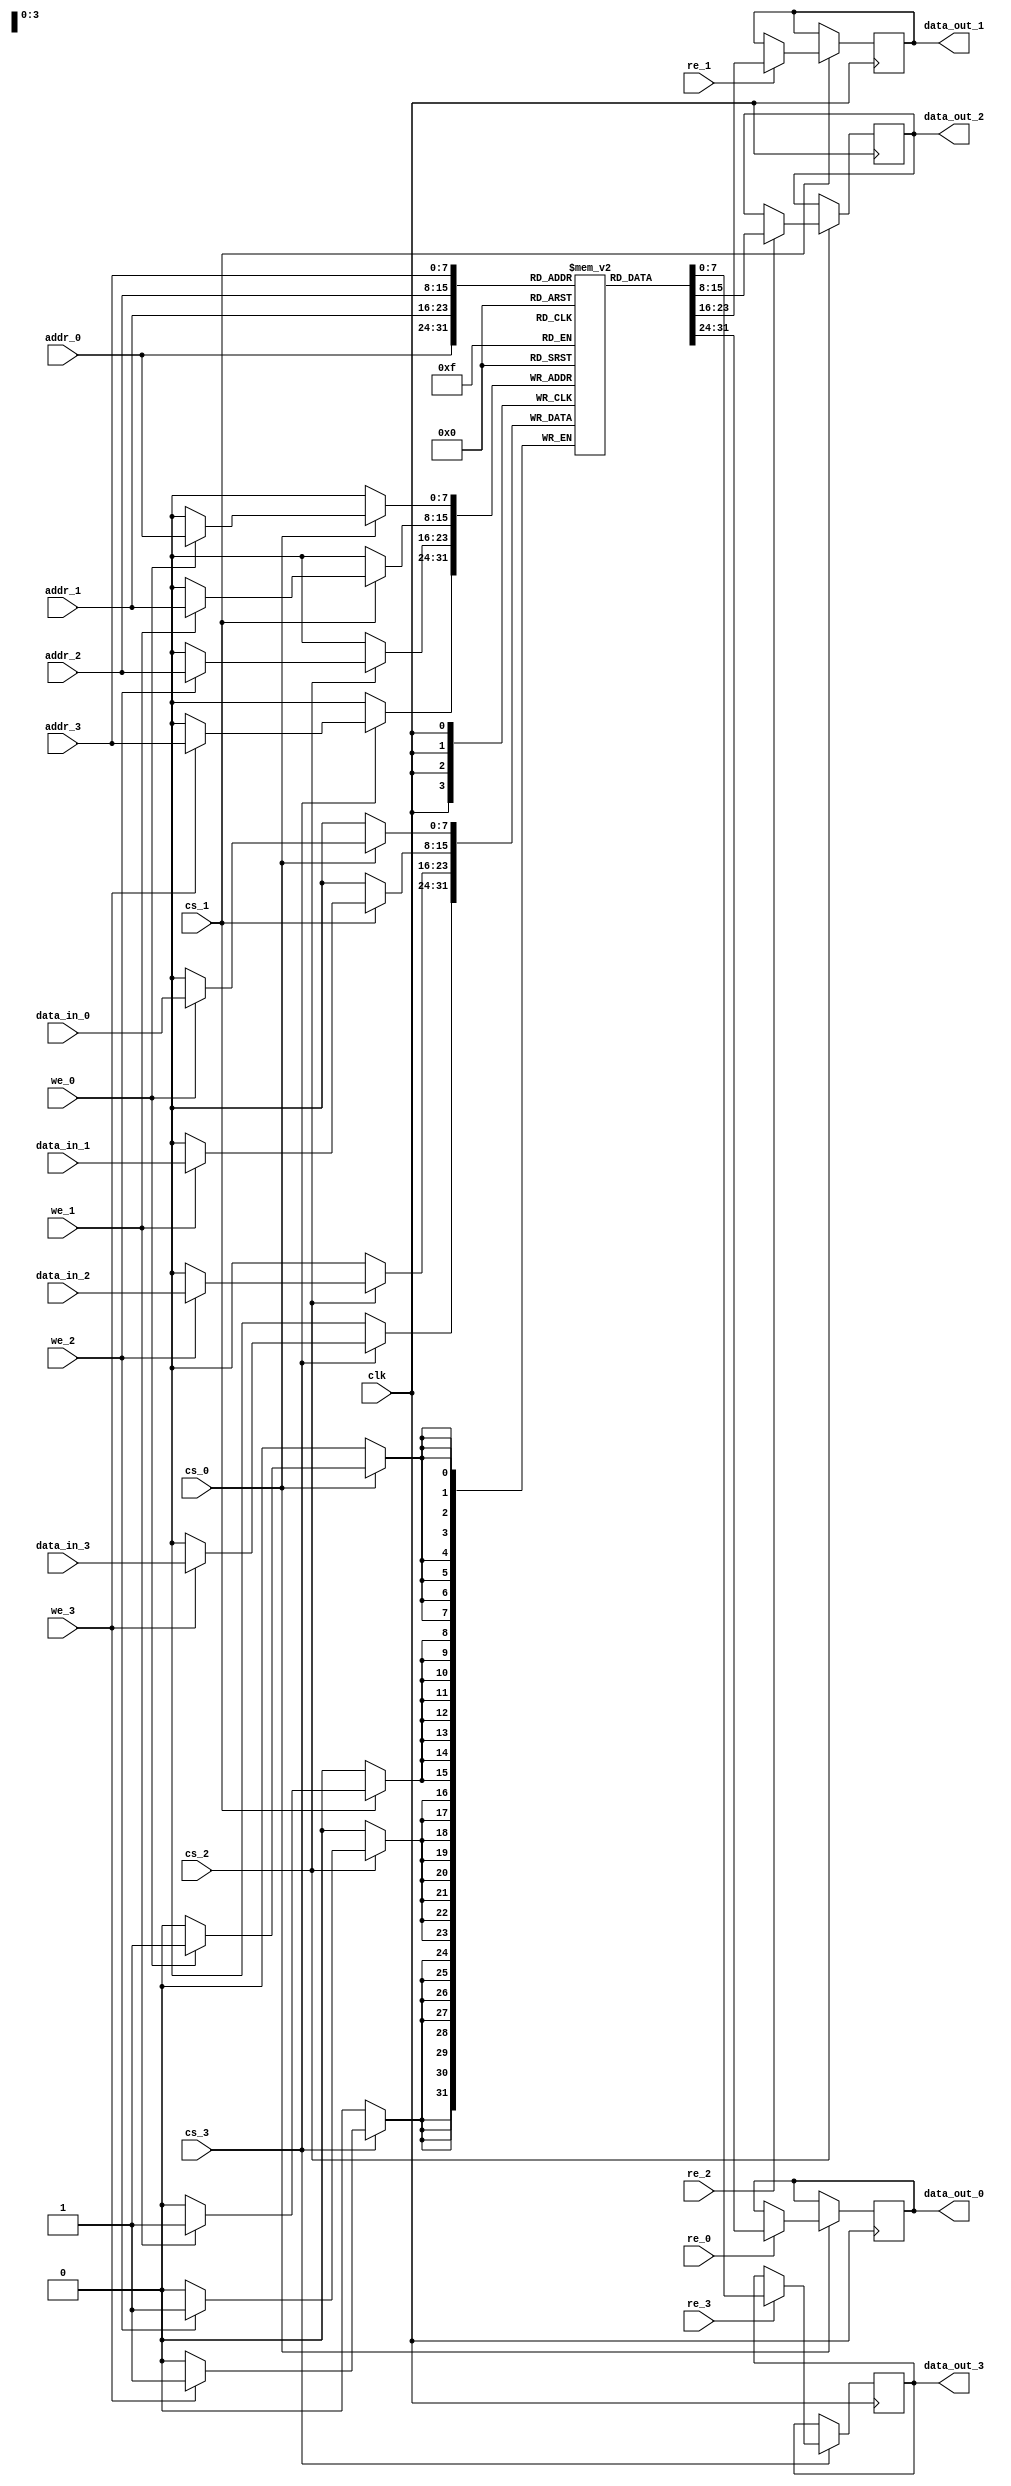
module QuadPortSRAM #(
    parameter DATA_WIDTH = 8,
    parameter ADDR_WIDTH = 8,
    parameter MEMORY_DEPTH = 256
)(
    input clk,
    
    // Port 0
    input [DATA_WIDTH-1:0] data_in_0,
    input [ADDR_WIDTH-1:0] addr_0,
    input we_0,  // Write Enable for Port 0
    input cs_0,  // Chip Select for Port 0
    input re_0,  // Read Enable for Port 0
    output reg [DATA_WIDTH-1:0] data_out_0,
    
    // Port 1
    input [DATA_WIDTH-1:0] data_in_1,
    input [ADDR_WIDTH-1:0] addr_1,
    input we_1,  // Write Enable for Port 1
    input cs_1,  // Chip Select for Port 1
    input re_1,  // Read Enable for Port 1
    output reg [DATA_WIDTH-1:0] data_out_1,
    
    // Port 2
    input [DATA_WIDTH-1:0] data_in_2,
    input [ADDR_WIDTH-1:0] addr_2,
    input we_2,  // Write Enable for Port 2
    input cs_2,  // Chip Select for Port 2
    input re_2,  // Read Enable for Port 2
    output reg [DATA_WIDTH-1:0] data_out_2,
    
    // Port 3
    input [DATA_WIDTH-1:0] data_in_3,
    input [ADDR_WIDTH-1:0] addr_3,
    input we_3,  // Write Enable for Port 3
    input cs_3,  // Chip Select for Port 3
    input re_3,  // Read Enable for Port 3
    output reg [DATA_WIDTH-1:0] data_out_3
);
    
    // Memory array
    reg [DATA_WIDTH-1:0] memory [0:MEMORY_DEPTH-1];
    
    always @(posedge clk) begin
        // Port 0
        if (cs_0) begin
            if (we_0) begin
                memory[addr_0] <= data_in_0;  // Write operation
            end
            if (re_0) begin
                data_out_0 <= memory[addr_0];  // Read operation
            end
        end
        
        // Port 1
        if (cs_1) begin
            if (we_1) begin
                memory[addr_1] <= data_in_1;  // Write operation
            end
            if (re_1) begin
                data_out_1 <= memory[addr_1];  // Read operation
            end
        end

        // Port 2
        if (cs_2) begin
            if (we_2) begin
                memory[addr_2] <= data_in_2;  // Write operation
            end
            if (re_2) begin
                data_out_2 <= memory[addr_2];  // Read operation
            end
        end

        // Port 3
        if (cs_3) begin
            if (we_3) begin
                memory[addr_3] <= data_in_3;  // Write operation
            end
            if (re_3) begin
                data_out_3 <= memory[addr_3];  // Read operation
            end
        end
    end
endmodule